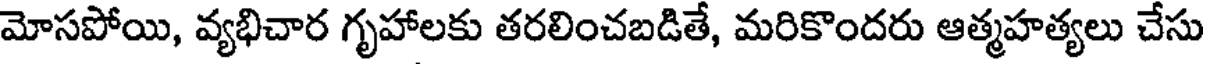
మోసపోయి, వ్యభిచార గృహాలకు తరలించబడితే, మరికొందరు ఆత్మహత్యలు చేసు